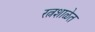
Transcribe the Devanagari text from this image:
रत्नशाळेत